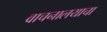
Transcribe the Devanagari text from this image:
वाचनालयाचा